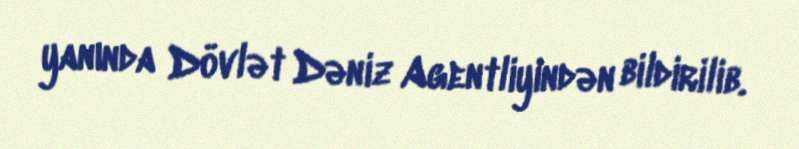
yanında Dövlət Dəniz Agentliyindən bildirilib.